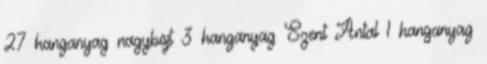
27 hanganyag nagyböjt 3 hanganyag Szent Antal 1 hanganyag